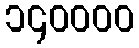
၁၄၀၀၀၀